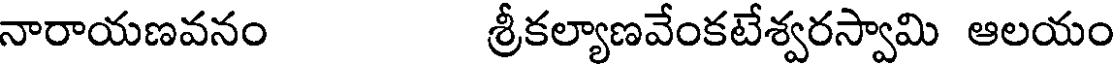
నారాయణవనం శ్రీకల్యాణవేంకటేశ్వరస్వామి ఆలయం